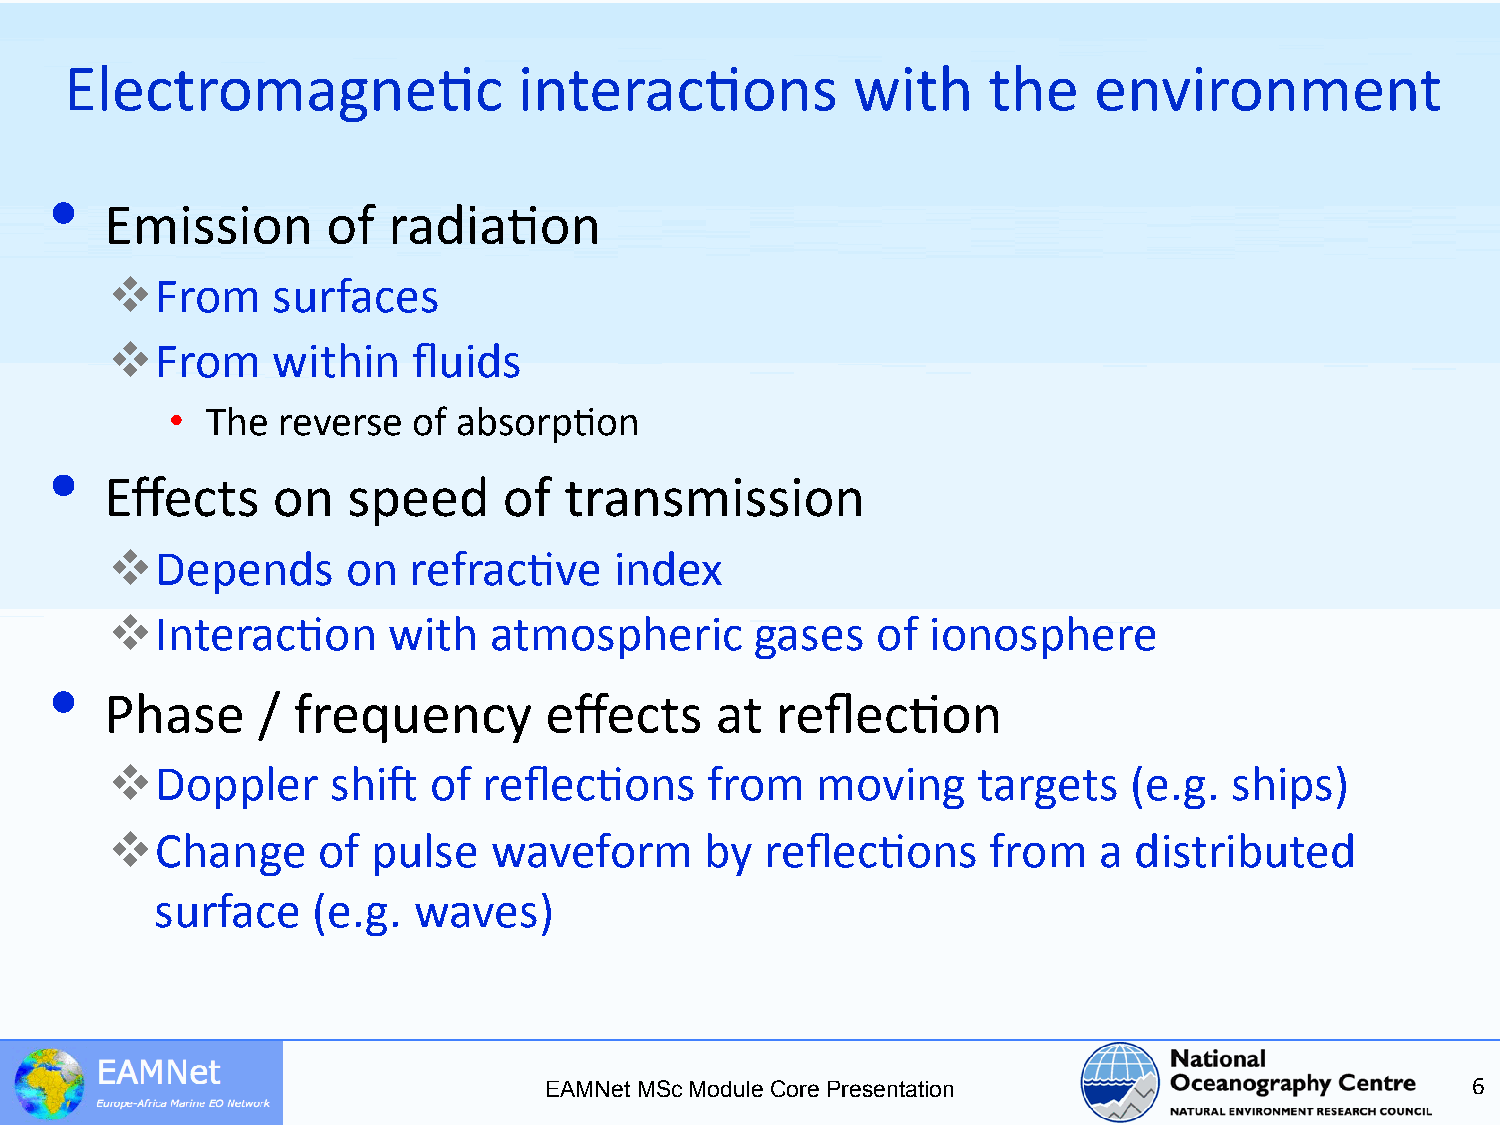
Electromagne5c                interac5ons           with     the    environment
 •
 Emission       of  radia5on
   From    surfaces
   From    within   fluids
 •  The reverse  of absorp5on
 •
 Effects    on   speed     of  transmission
   Depends      on  refrac5ve     index
   Interac5on      with  atmospheric       gases   of ionosphere
 •
 Phase     / frequency        effects    at  reflec5on
   Doppler     shiW  of  reflec5ons     from   moving     targets   (e.g. ships)
   Change     of  pulse  waveform       by  reflec5ons    from    a distributed
 surface    (e.g. waves)
 EAMNet MSc Module Core Presentation                          6